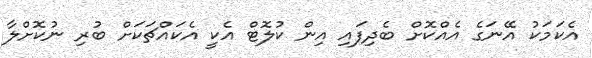
އެކަމަކު އޭނަގެ އެއްކޮށް ބެދިފައި އިން ކުލޮޓް އެކީ އެކައްޗަކަށް ބުރި ނުކޮށްލާ